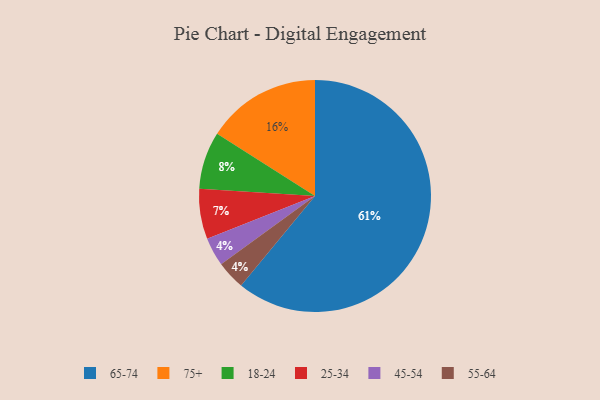
{"axis": {"x": "Category", "y": "Percentage"}, "legend": ["18-24", "25-34", "45-54", "55-64", "65-74", "75+"], "data": [{"x": "25-34", "y": 7, "type": "25-34"}, {"x": "18-24", "y": 8, "type": "18-24"}, {"x": "75+", "y": 16, "type": "75+"}, {"x": "45-54", "y": 4, "type": "45-54"}, {"x": "65-74", "y": 61, "type": "65-74"}, {"x": "55-64", "y": 4, "type": "55-64"}]}